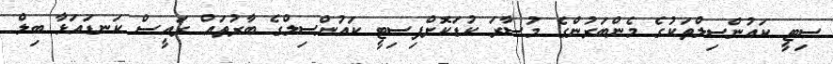
ސިޓީ ކައުންސިލްތަކުގެ މެންބަރުންގެ މުސާރަ ކުޑަކޮށްފިސިޓީ ކައުންސިލްގެ ބާރުތައް ރައީސް ކަނޑައަަޅާ ބިލް